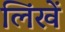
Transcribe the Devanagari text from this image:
लिंखें